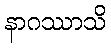
နာဂဿာသိ